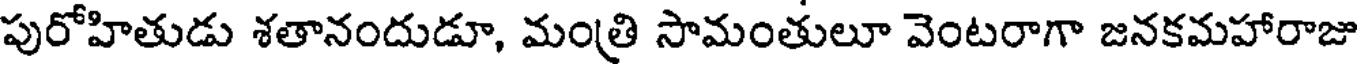
పురోహితుడు శతానందుడూ, మంత్రి సామంతులూ వెంటరాగా జనకమహారాజు